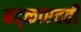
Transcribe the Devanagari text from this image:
बद्काएवढी